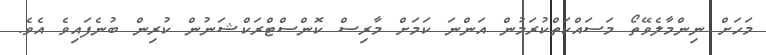
މަހަށް ނިންމާލެވޭތޯ މަސައްކަތްކުރަމުން އަންނަ ކަމަށް މާރިސް ކޮންސްޓްރަކްޝަނުން ކުރިން ބުނެފައިވެ އެވެ.